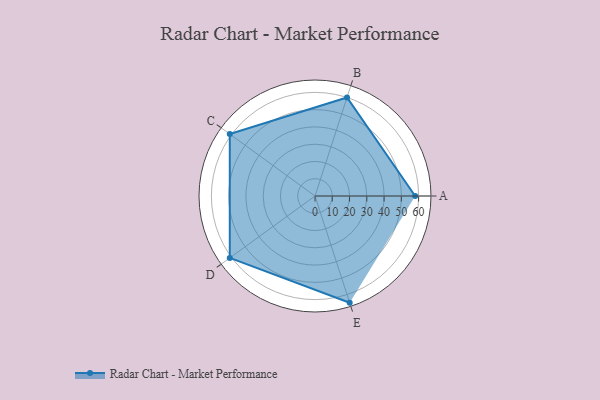
{"axis": {"x": "Skill", "y": "Score"}, "legend": ["Profile"], "data": [{"x": "A", "y": 58.0, "type": "Profile"}, {"x": "B", "y": 60.0, "type": "Profile"}, {"x": "C", "y": 61.0, "type": "Profile"}, {"x": "D", "y": 61.0, "type": "Profile"}, {"x": "E", "y": 65.0, "type": "Profile"}]}